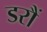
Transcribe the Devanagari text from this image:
डरौं